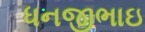
ધનજીભાઇ